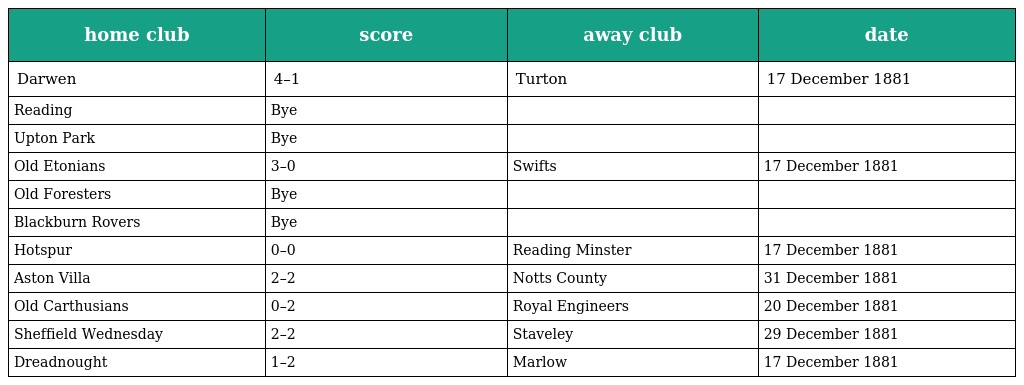
| home club | score | away club | date |
 | --- | --- | --- | --- |
 | Darwen | 4–1 | Turton | 17 December 1881 |
 | Reading | Bye |  |  |
 | Upton Park | Bye |  |  |
 | Old Etonians | 3–0 | Swifts | 17 December 1881 |
 | Old Foresters | Bye |  |  |
 | Blackburn Rovers | Bye |  |  |
 | Hotspur | 0–0 | Reading Minster | 17 December 1881 |
 | Aston Villa | 2–2 | Notts County | 31 December 1881 |
 | Old Carthusians | 0–2 | Royal Engineers | 20 December 1881 |
 | Sheffield Wednesday | 2–2 | Staveley | 29 December 1881 |
 | Dreadnought | 1–2 | Marlow | 17 December 1881 |